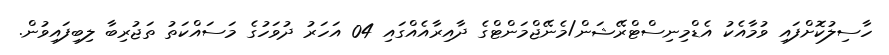
ހާސިލުކޮށްފައި ވުމާއެކު އެޑްމިނިސްޓްރޭޝަން/މެނޭޖްމަންޓްގެ ދާއިރާއެއްގައި 04 އަހަރު ދުވަހުގެ މަސައްކަތު ތަޖުރިބާ ލިބިފައިވުން.